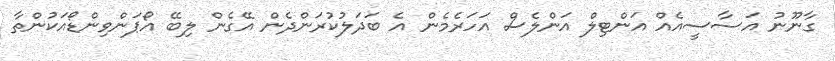
ގާނޫނު އަސާސީއެއް އަންޓިލް އަންލެސް އަހަރެމެން އެ ބަދަލުކުރަންދެން އޭގެން ލިބޭ އޯޕަންވިންޑޯއަކުންތާ